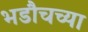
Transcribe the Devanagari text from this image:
भडौचच्या